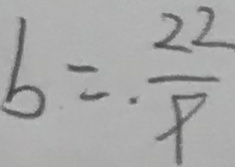
b = \frac { 2 2 } { 9 }